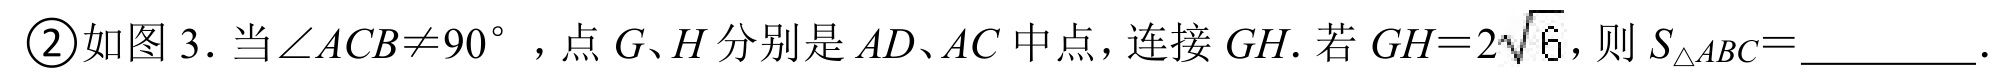
\textcircled{2}如图 3. 当\(\angle ACB\neq90^{\circ}\)，点\(G、H\)分别是\(AD、AC\)中点，连接\(GH\). 若\(GH = 2\sqrt{6}\)，则\(S_{\triangle ABC}=\)  ．